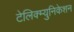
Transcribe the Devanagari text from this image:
टेलिक्म्युनिकेशन